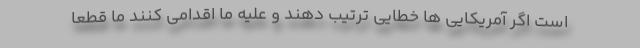
است اگر آمریکایی ها خطایی ترتیب دهند و علیه ما اقدامی کنند ما قطعا